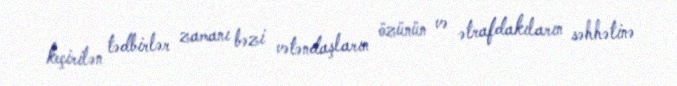
keçirilən tədbirlər zamanı bəzi vətəndaşların özünün və ətrafdakıların səhhətinə